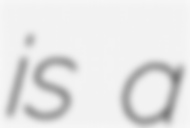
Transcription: is a